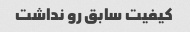
کیفیت سابق رو نداشت